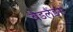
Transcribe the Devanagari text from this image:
बैडलैंड्स